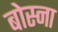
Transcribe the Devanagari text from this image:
बोस्ना